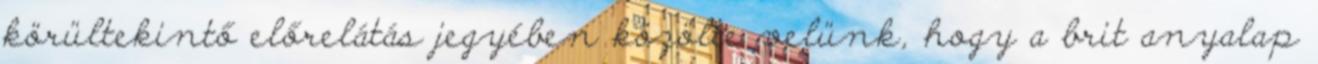
körültekintő előrelátás jegyében közölte velünk, hogy a brit anyalap